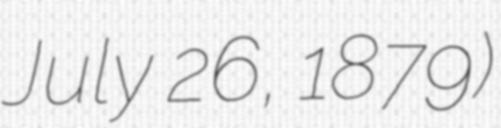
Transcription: July 26, 1879)